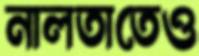
নালতাতেও